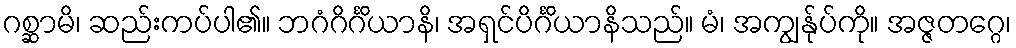
ဂစ္ဆာမိ၊ ဆည်းကပ်ပါ၏။ ဘဂံဂိင်္ဂိယာနိ၊ အရှင်ပိင်္ဂိယာနိသည်။ မံ၊ အကျွန်ုပ်ကို။ အဇ္ဇတဂ္ဂေ၊